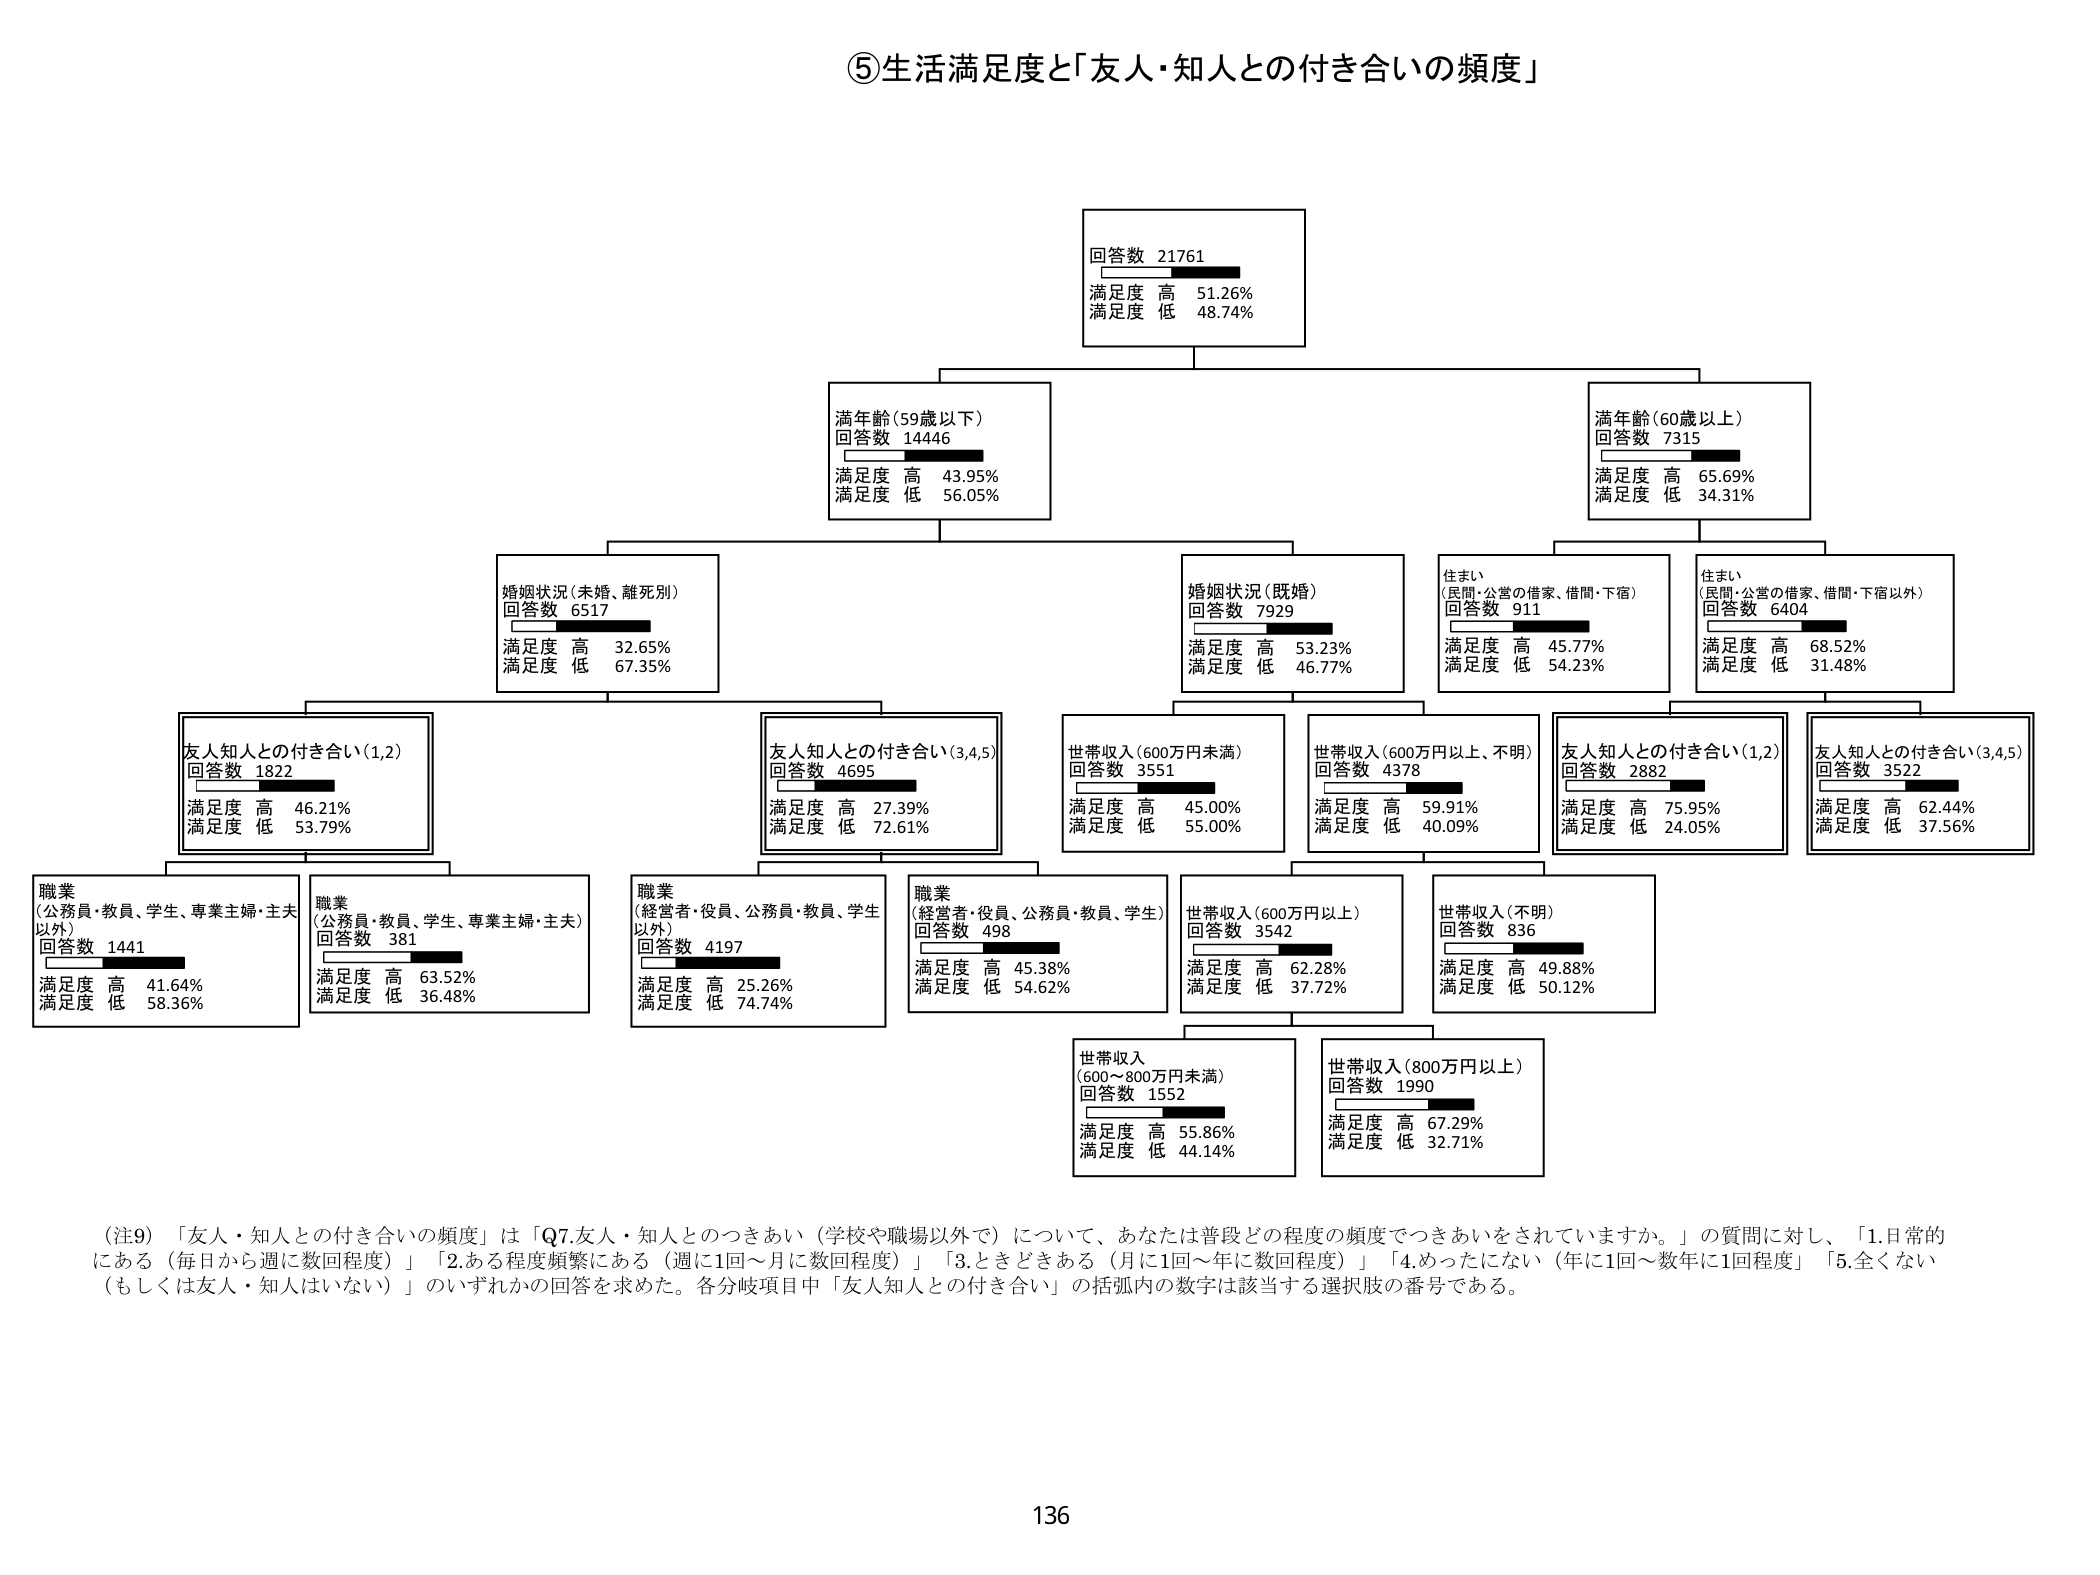
⑤生活満足度と「友人・知人との付き合いの頻度」

回答数 21761
満足度 高 51.26%
満足度 低 48.74%

満年齢（59歳以下）
回答数 14446
満足度 高 43.95%
満足度 低 56.05%

満年齢（60歳以上）
回答数 7315
満足度 高 65.69%
満足度 低 34.31%

婚姻状況（未婚、離死別）
回答数 6517
満足度 高 32.65%
満足度 低 67.35%

婚姻状況（既婚）
回答数 7929
満足度 高 53.23%
満足度 低 46.77%

住まい
（民間・公営の借家、借間・下宿）
回答数 911
満足度 高 45.77%
満足度 低 54.23%

住まい
（民間・公営の借家、借間・下宿以外）
回答数 6404
満足度 高 68.52%
満足度 低 31.48%

友人知人との付き合い（1,2）
回答数 1822
満足度 高 46.21%
満足度 低 53.79%

友人知人との付き合い（3,4,5）
回答数 4695
満足度 高 27.39%
満足度 低 72.61%

世帯収入（600万円未満）
回答数 3551
満足度 高 45.00%
満足度 低 55.00%

世帯収入（600万円以上、不明）
回答数 4378
満足度 高 59.91%
満足度 低 40.09%

友人知人との付き合い（1,2）
回答数 2882
満足度 高 75.95%
満足度 低 24.05%

友人知人との付き合い（3,4,5）
回答数 3522
満足度 高 62.44%
満足度 低 37.56%

職業
（公務員・教員、学生、専業主婦・主夫以外）
回答数 1441
満足度 高 41.64%
満足度 低 58.36%

職業
（公務員・教員、学生、専業主婦・主夫）
回答数 381
満足度 高 63.52%
満足度 低 36.48%

職業
（経営者・役員、公務員・教員、学生以外）
回答数 4197
満足度 高 25.26%
満足度 低 74.74%

職業
（経営者・役員、公務員・教員、学生）
回答数 498
満足度 高 45.38%
満足度 低 54.62%

世帯収入（600万円以上）
回答数 3542
満足度 高 62.28%
満足度 低 37.72%

世帯収入（不明）
回答数 836
満足度 高 49.88%
満足度 低 50.12%

世帯収入
（600～800万円未満）
回答数 1552
満足度 高 55.86%
満足度 低 44.14%

世帯収入（800万円以上）
回答数 1990
満足度 高 67.29%
満足度 低 32.71%

（注9）「友人・知人との付き合いの頻度」は「Q7 友人・知人とのつきあい（学校や職場以外で）について、あなたは普段どの程度の頻度でつきあいをされていますか。」の質問に対し、「1.日常的にある（毎日から週に数回程度）」「2.ある程度頻繁にある（週に1回～月に数回程度）」「3.ときどきある（月に1回～年に数回程度）」「4.めったにない（年に1回～数年に1回程度）」「5.全くない（もしくは友人・知人はいない）」のいずれかの回答を求めた。各分岐項目中「友人知人との付き合い」の括弧内の数字は該当する選択肢の番号である。

136